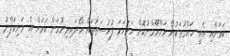
ކަމަށާއި އެއީ ހައްގުތަކުން މަހްރޫމްނުކޮށް ހަމަހަމަ ފުރުސަތުތައް ހޯދައިދިނުމަށް ކަމަށް އެ މަނިކުފާނު